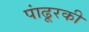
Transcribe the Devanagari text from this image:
पांढूरकी